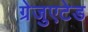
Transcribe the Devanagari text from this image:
ग्रेजुएटेड